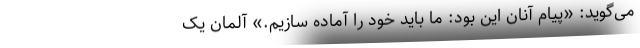
می‌گوید: «پیام آنان این بود: ما باید خود را آماده سازیم.» آلمان یک